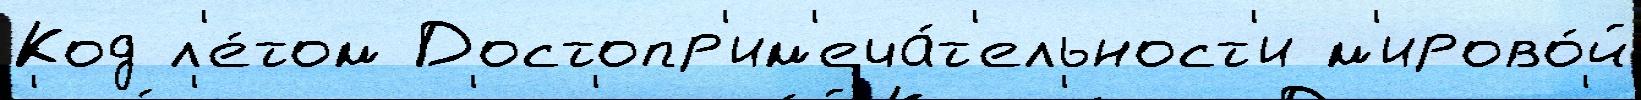
Код л'е́том Достопр'им'еча́т'ельност'и м'ирово́й